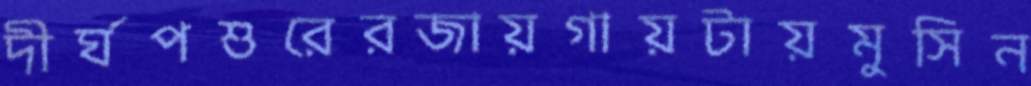
দীর্ঘপশুরেরজায়গায়টায়মুসিন